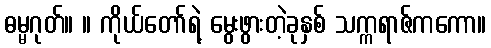
ဓမ္မဂုတ်။ ။ ကိုယ်တော်ရဲ့ မွေးဖွားတဲ့ခုနှစ် သက္ကရာဇ်ကကော။